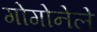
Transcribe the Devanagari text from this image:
गोगोनेले